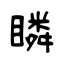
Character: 瞵